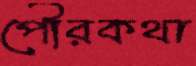
পৌরকথা